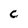
Character: C